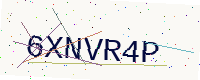
Text: 6XNVR4P